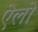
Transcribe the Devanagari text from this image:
ऐलो